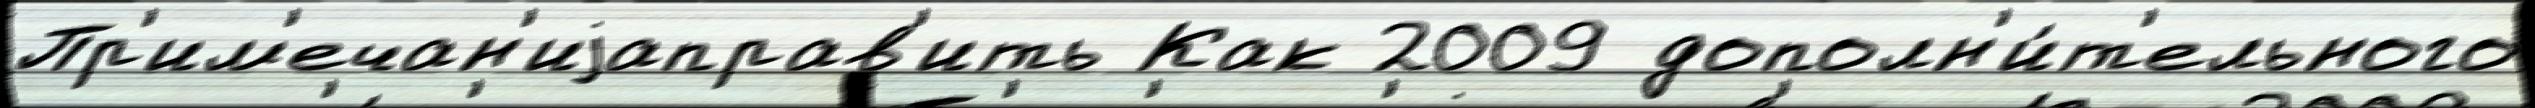
Пр'им'ечан'иjаправ'ить Как 2009 дополн'и́т'ельного